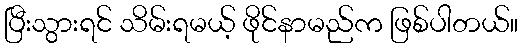
ပြီးသွားရင် သိမ်းရမယ့် ဖိုင်နာမည်က ဖြစ်ပါတယ်။